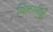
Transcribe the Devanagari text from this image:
विनसीई